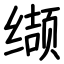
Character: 缬